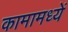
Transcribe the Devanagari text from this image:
कामामध्यें